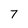
Character: 7